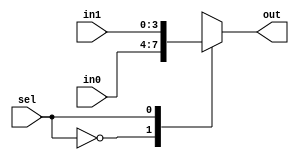
/*************************************************************
Design Name 	: 
File Name   	: .v
Function    	: 
Coder		    	: 
Last Modified	: 
*************************************************************/

module mux4b_2_to_1(in0,in1,sel,out);
	input [3:0] in0,in1;
	input sel;
	output [3:0] out;

	reg [3:0] out;

	always @(sel or in0 or in1)
	begin
		case(sel)
			1'b0: out=in0;
			1'b1: out=in1;
		endcase
	end
	
endmodule